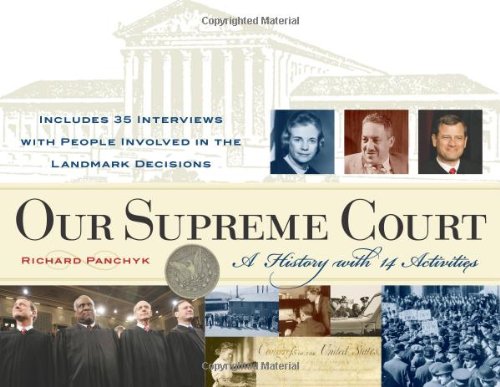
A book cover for Our Supreme Court: A History with 14 Activities (For Kids series); Richard Panchyk; Children's Books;